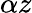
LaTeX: \alpha z